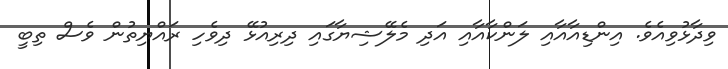
ވިދާޅުވިއެވެ. އިންޑިއާއާއި ލަންކާއާއި އަދި މެލޭޝިޔާގައި ދިރިއުޅޭ ދިވެހި ރައްޔިތުން ވެސް ތިބީ